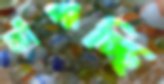
ফাঁপাচ্ছি